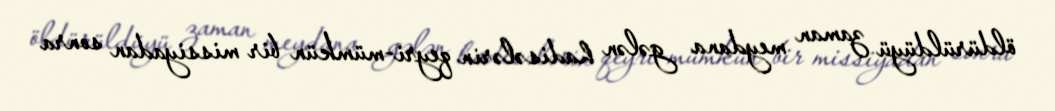
öldürüldüyü zaman meydana gələn hadisələrin qeyri-mümkün bir missiyadan sonra